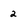
Character: 2